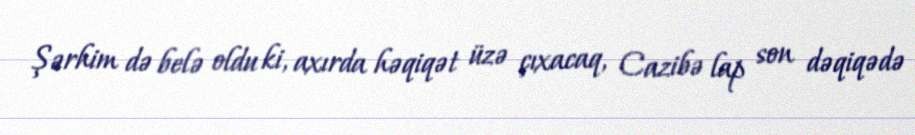
Şərhim də belə oldu ki, axırda həqiqət üzə çıxacaq, Cazibə lap son dəqiqədə